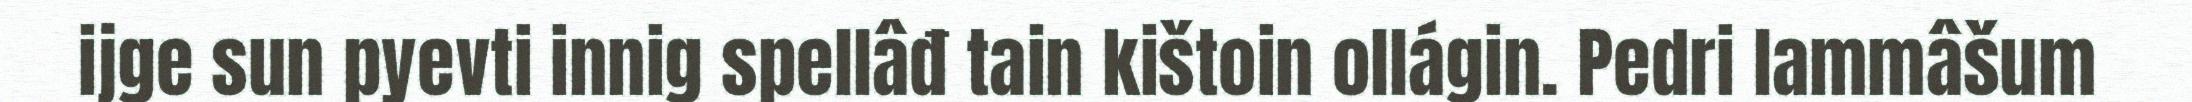
ijge sun pyevti innig spellâđ tain kištoin ollágin. Pedri lammâšum